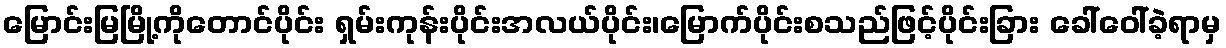
မြောင်းမြမြို့ကိုတောင်ပိုင်း ရှမ်းကုန်းပိုင်းအလယ်ပိုင်း၊မြောက်ပိုင်းစသည်ဖြင့်ပိုင်းခြား ခေါ်ဝေါ်ခဲ့ရာမှ